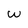
Character: W